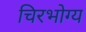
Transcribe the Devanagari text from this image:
चिरभोग्य